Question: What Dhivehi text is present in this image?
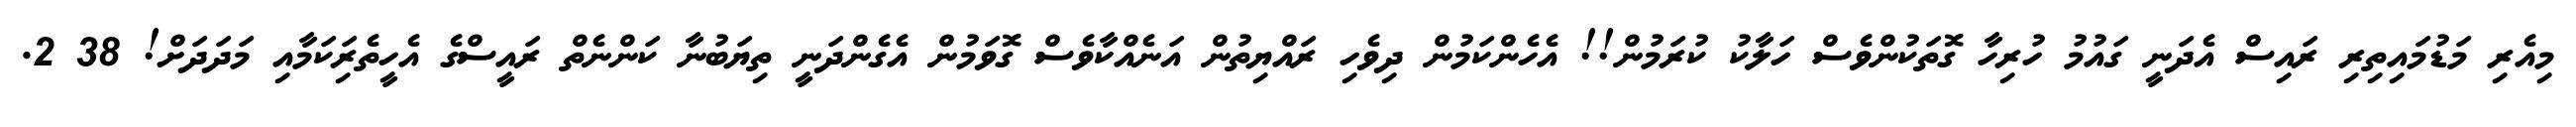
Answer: މިއެރި މަޑުމައިތިރި ރައިސް އެދަނީ ގައުމު ހުރިހާ ގޮތަކުންވެސް ހަލާކު ކުރަމުން!! އެހެންކަމުން ދިވެހި ރައްޔިތުން އަނެއްކާވެސް ގޮވަމުން އެގެންދަނީ ތިޔަބުނާ ކަންނެތް ރައީސްގެ އެހީތެރިަކަމާއި މަދަދަށް! 38 2.